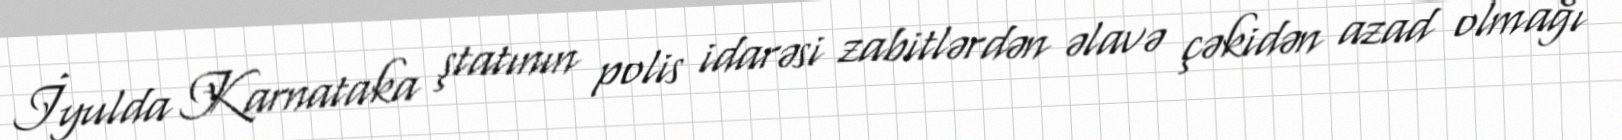
İyulda Karnataka ştatının polis idarəsi zabitlərdən əlavə çəkidən azad olmağı